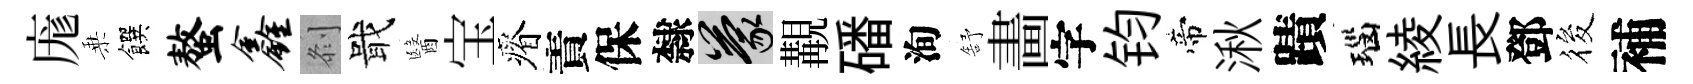
庬乗饌螯鑫𠛴戢醫宝瘠責保隸蒙覯磻洵舒畵字钧帝湫蹟瑙綾長鄧筱補